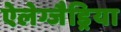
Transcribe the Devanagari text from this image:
ऐलेग्जैड्रिया